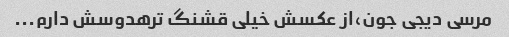
مرسی دیجی جون،از عکسش خیلی قشنگ ترهدوسش دارم...